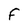
Character: f